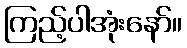
ကြည့်ပါအုံးနော်။